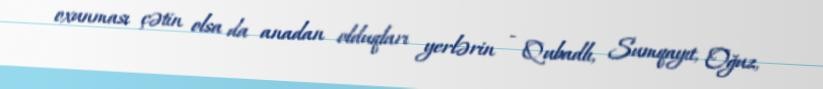
oxunması çətin olsa da anadan olduqları yerlərin - Qubadlı, Sumqayıt, Oğuz,